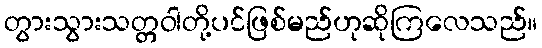
တွားသွားသတ္တဝါတို့ပင်ဖြစ်မည်ဟုဆိုကြလေသည်။